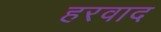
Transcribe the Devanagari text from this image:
हरवाद